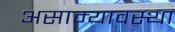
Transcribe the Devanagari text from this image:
असाम्यावस्था